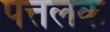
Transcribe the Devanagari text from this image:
पत्तलक